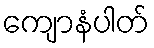
ကျောနံပါတ်